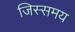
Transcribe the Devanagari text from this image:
जिस्समय